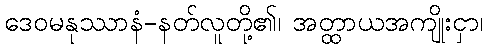
ဒေဝမနုဿာနံ-နတ်လူတို့၏၊ အတ္ထာယအကျိုးငှာ၊